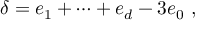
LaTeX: \delta = e _ { 1 } + \dots + e _ { d } - 3 e _ { 0 } \ ,